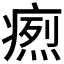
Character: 𤹐